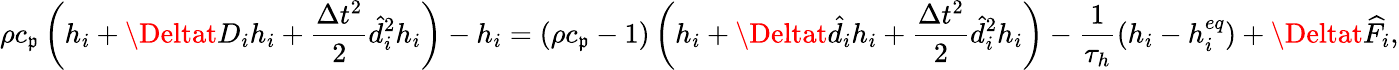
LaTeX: \rho{c_{\mathfrak{p}}}\left({{h_{i}}+\Deltat{D_{i}}{h_{i}}+\frac{{{\Delta{t^{2}}}}}{{2}}\hat{{d}}_{i}^{2}{h_{i}}}\right)-{h_{i}}=\left({\rho{c_{\mathfrak{p}}}-1}\right)\left({{h_{i}}+\Deltat{{\hat{{d}}}_{i}}{h_{i}}+\frac{{{\Delta{t^{2}}}}}{{2}}\hat{{d}}_{i}^{2}{h_{i}}}\right)-\frac{{1}}{{{{\tau_{h}}}}}\left({{h_{i}}-h_{i}^{eq}}\right)+\Deltat{\widehat{F}_{i}},